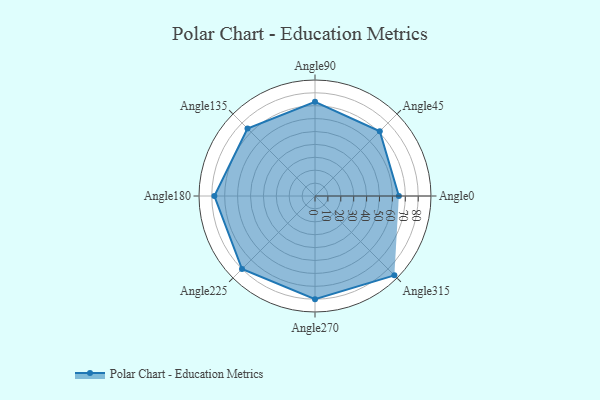
{"axis": {"x": "Angle", "y": "Radius"}, "legend": [""], "data": [{"x": "Angle0", "y": 65.0, "type": ""}, {"x": "Angle45", "y": 71.0, "type": ""}, {"x": "Angle90", "y": 73.0, "type": ""}, {"x": "Angle135", "y": 74.0, "type": ""}, {"x": "Angle180", "y": 78.0, "type": ""}, {"x": "Angle225", "y": 80.0, "type": ""}, {"x": "Angle270", "y": 80.0, "type": ""}, {"x": "Angle315", "y": 87.0, "type": ""}]}